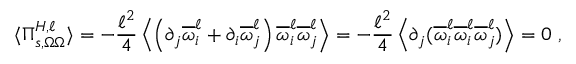
\langle \Pi _ { s , \Omega \Omega } ^ { H , \ell } \rangle = - \frac { \ell ^ { 2 } } { 4 } \left\langle \left( \partial _ { j } \overline { { \omega } } _ { i } ^ { \ell } + \partial _ { i } \overline { { \omega } } _ { j } ^ { \ell } \right) \overline { { \omega } } _ { i } ^ { \ell } \overline { { \omega } } _ { j } ^ { \ell } \right\rangle = - \frac { \ell ^ { 2 } } { 4 } \left\langle \partial _ { j } ( \overline { { \omega } } _ { i } ^ { \ell } \overline { { \omega } } _ { i } ^ { \ell } \overline { { \omega } } _ { j } ^ { \ell } ) \right\rangle = 0 \ ,